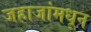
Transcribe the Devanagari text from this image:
जहाजांमधून